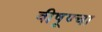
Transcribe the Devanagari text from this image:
वीषूण्चा